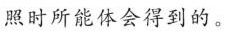
照时所能体会得到的。